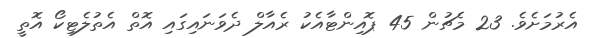
އެރުމަށެވެ. 23 މެޗުން 45 ޕޮއިންޓާއެކު ރެއާލް ދެވަނައިގައި އޮތް އެތުލެޓިކޯ އޮތީ